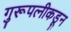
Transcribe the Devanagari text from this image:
गुरूपत्‍नीकडून